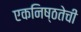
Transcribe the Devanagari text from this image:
एकनिष्ठतेची